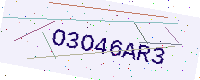
Text: O3O46AR3